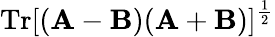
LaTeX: \textrm{Tr}[(\mathbf{A}-\mathbf{B})(\mathbf{A}+\mathbf{B})]^{\frac{1}{2}}